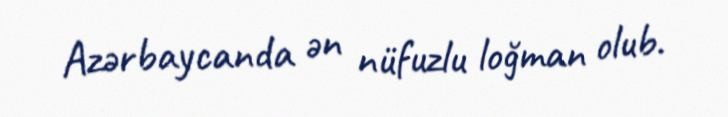
Azərbaycanda ən nüfuzlu loğman olub.